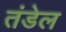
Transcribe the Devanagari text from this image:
तंडेल